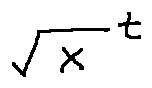
\sqrt { X } ^ { t }